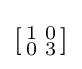
\left[{\begin{smallmatrix}1&0\\0&3\end{smallmatrix}}\right]